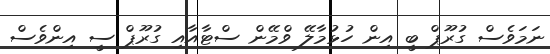
ނަމަވެސް ގުރޫޕް ބީ އިން ހުޅުމާލޭ ވްމޭން ސްޓާއާއި ގުރޫޕް ސީ އިންވެސް